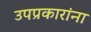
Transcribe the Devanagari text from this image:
उपप्रकारांना